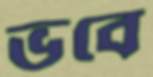
ভবে